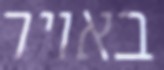
באויר